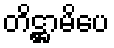
တိဋ္ဌာမိပေ